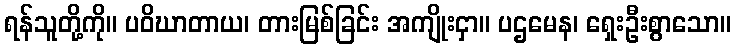
ရန်သူတို့ကို။ ပဝိဃာတာယ၊ တားမြစ်ခြင်း အကျိုးငှာ။ ပဌမေန၊ ရှေးဦးစွာသော။